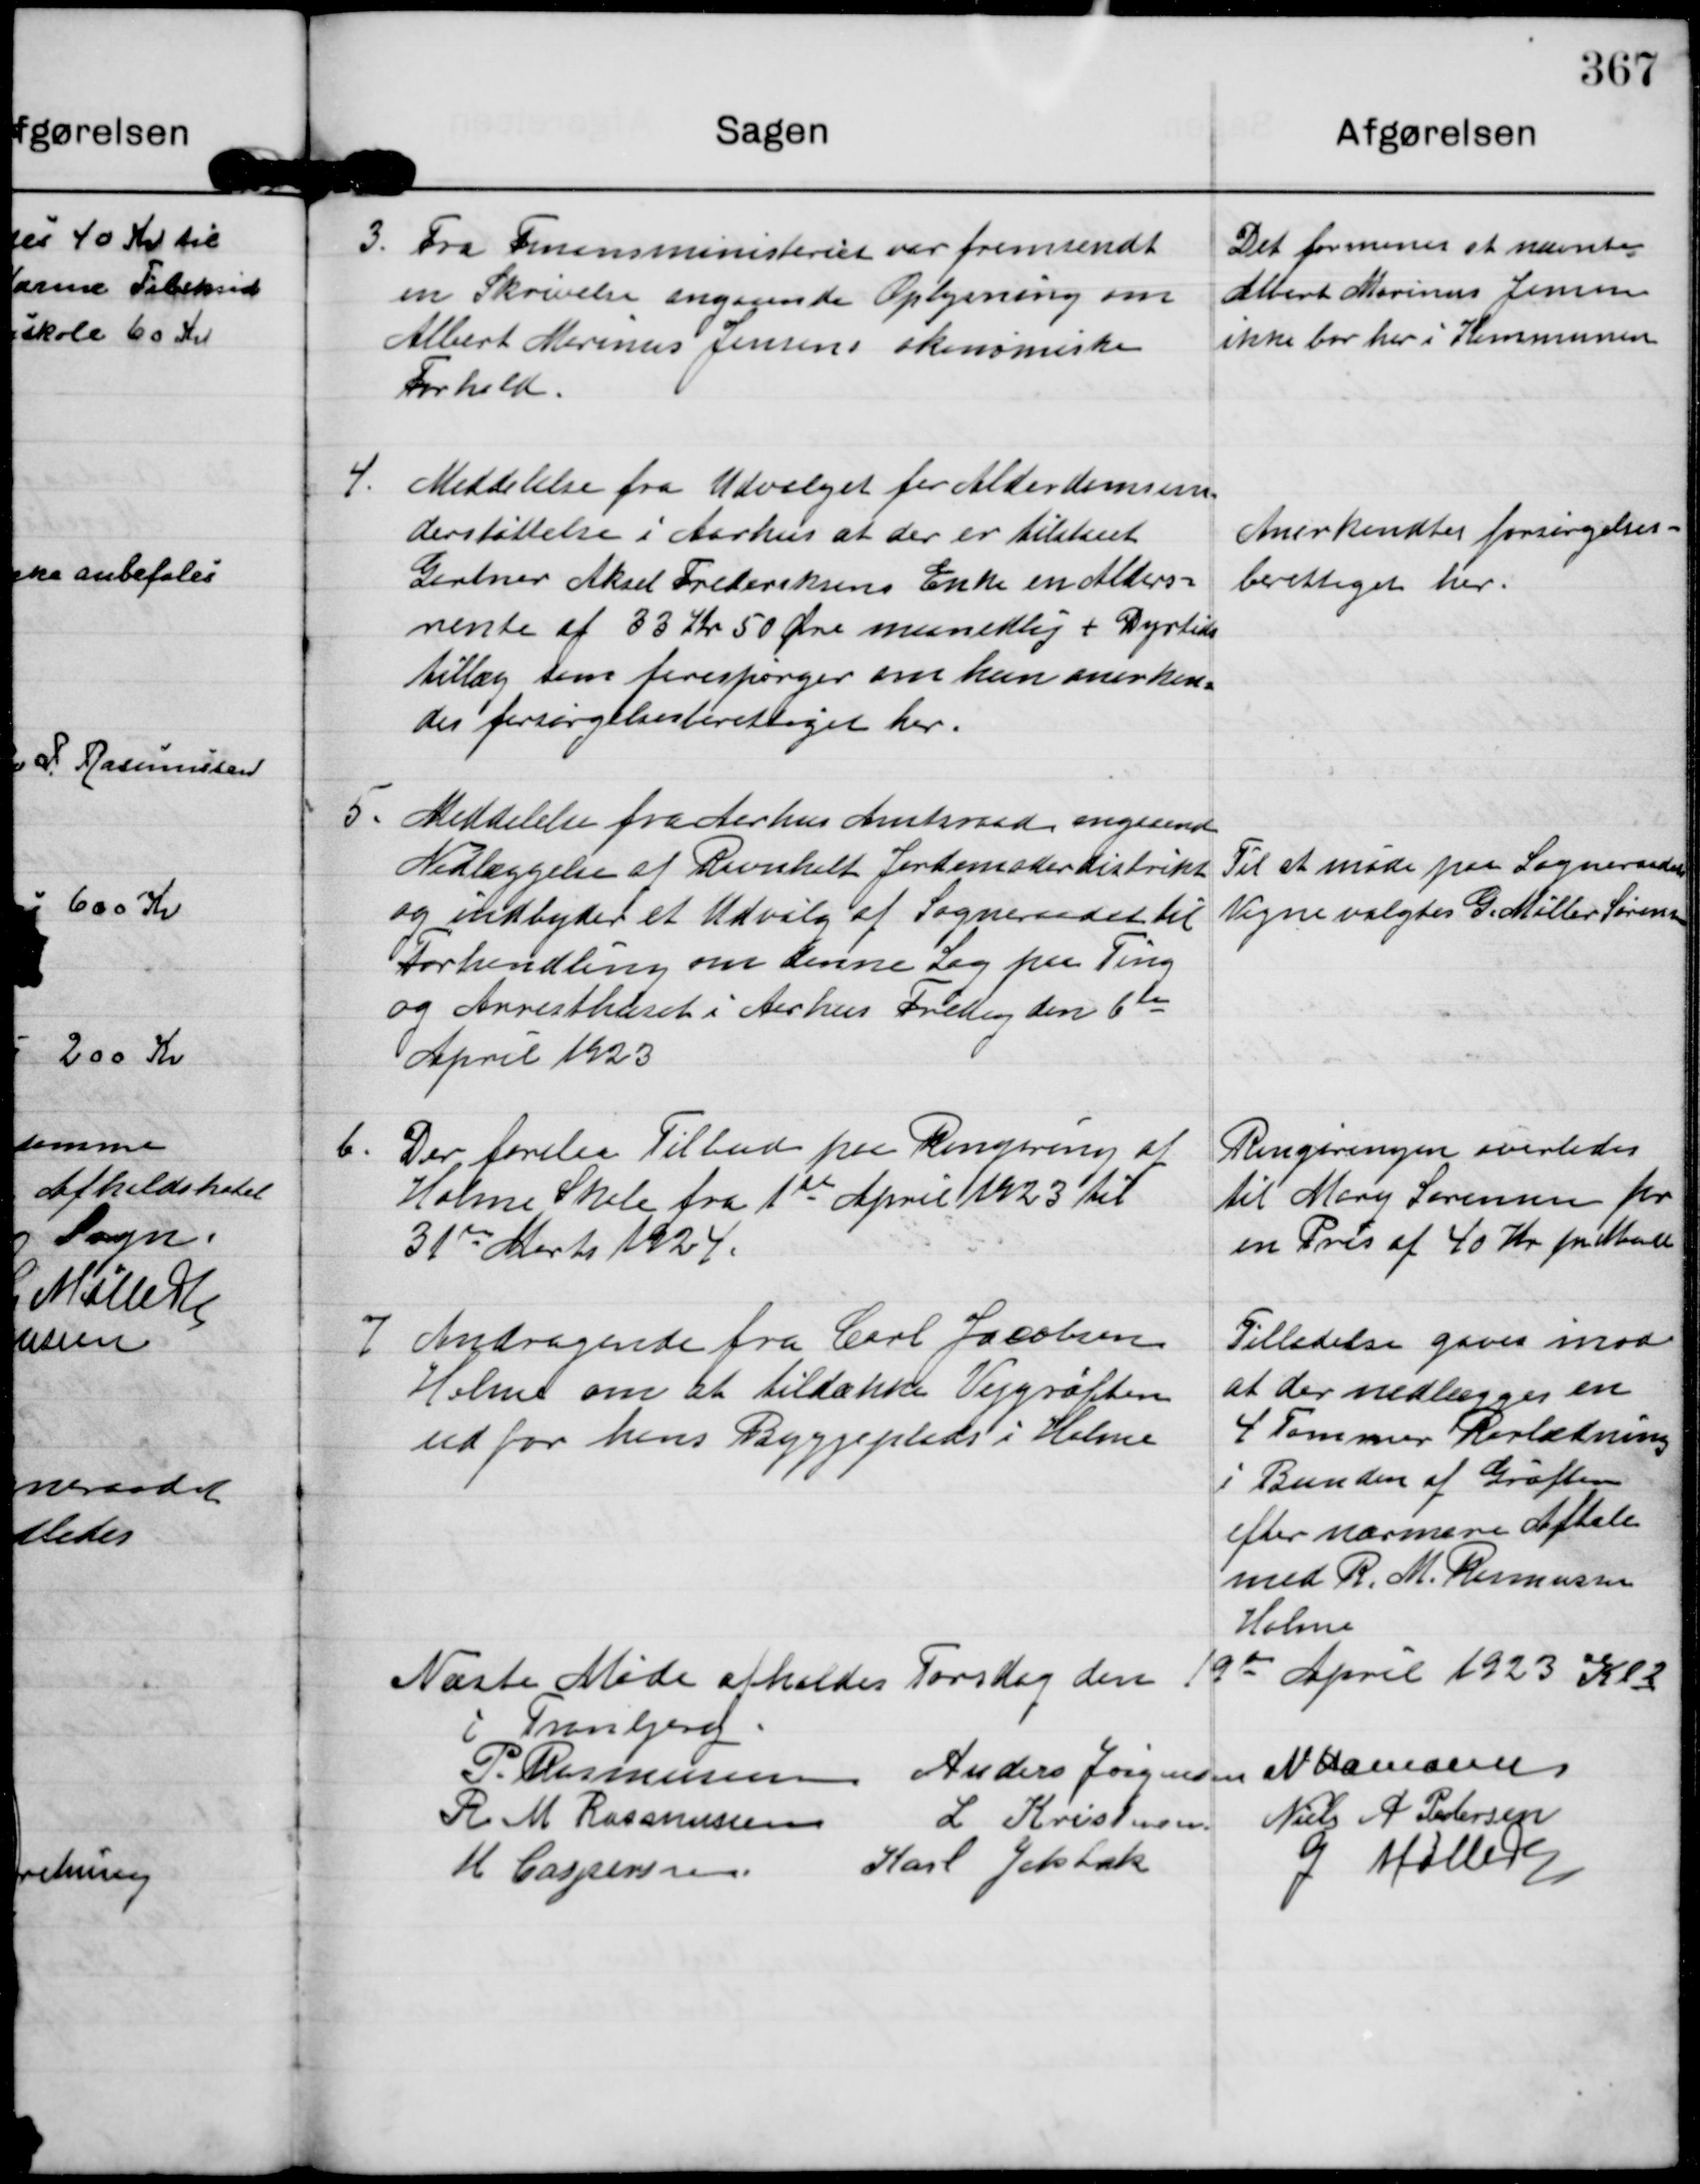
Transskription:
3.
Fra Finansministeriet var fremsendt
en Skrivelse angaaende Oplysning om
Albert Marinus Jensens økonomiske
Forhold.

Det formenes at nævnte
Albert Marinus Jensen
ikke bor her i Kommunen

4.
Meddelelse fra Udvalget for Alderdomsun=
derstøttelse i Aarhus at der er tilstaaet
Gartner Aksel Frederiksens Enke en Alders=
rente af 33 Kr 50 Øre maanedlig + Dyrtids
tillæg som forespørger om hun anerken=
des forsørgelsesberettiget her.

Anerkendtes forsørgelses=
berettiget her.

5.
Meddelelse fra Aarhus Amtsraad angaaende
Nedlæggelse af Ravnholt Jordemoderdistrikt
og indbyder et Udvalg af Sogneraadet til
Forhandling om denne Sag paa Ting
og Arresthuset i Aarhus Fredag den 6 te
April 1923

Til at møde paa Sogneraadets
Vegne valgtes G. Møller Sørensen

6.
Der forelaa Tilbud paa Rengøring af
Holme Skole fra 1 ste April 1923 til
31 te Marts 1924.

Rengøringen overlodes
til Mary Sørensen for
en Pris af 40 Kr pr Maaned

7
Andragende fra Carl Jacobsen
Holme om at tildække Vejgrøften
ud for hans Byggeplads i Holme

Tilladelse gaves inod
at der nedlægges en
4 Tommer Rørledning
i Bunden af Grøften
efter nærmere Aftale
med R. M. Rasmussen
Holme

Næste Møde afholdes Torsdag den 19 de April 1923 Kl 2
i Tranbjerg.
P. Rasmussen
Anders Jørgensen
N Hamann
R M Rasmussen
L Kristensen.
Niels A Pedersen
M Caspersen
Karl Jelsbak
G Møller